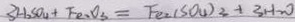
3 H _ { 2 } S O _ { 4 } + F e O _ { 3 } = F _ { 2 } ( S O _ { 4 } ) _ { 3 } + 3 H _ { 2 } O